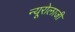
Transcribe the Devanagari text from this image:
न्यूरोलाजी